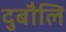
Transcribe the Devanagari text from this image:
दुबौलि